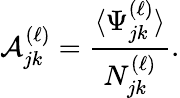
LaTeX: \mathcal{A}_{jk}^{(\ell)}=\frac{{\langle\Psi_{jk}^{(\ell)}\rangle}}{{N_{jk}^{(\ell)}}}.